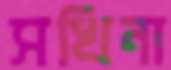
সখিনা